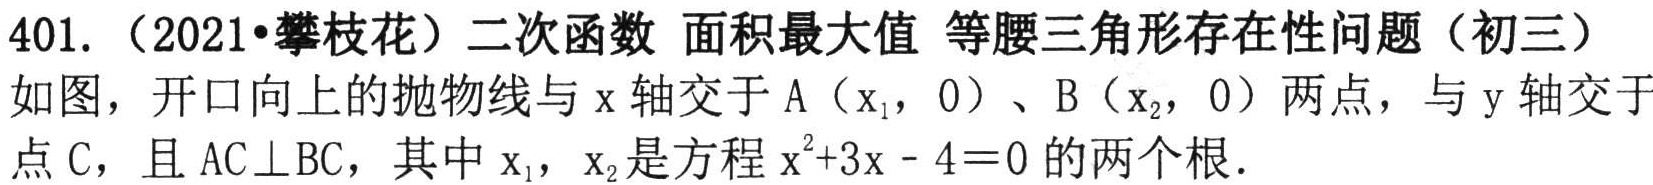
401.（2021•攀枝花）二次函数 面积最大值 等腰三角形存在性问题（初三）
如图，开口向上的抛物线与\(x\)轴交于\(A\left(x_{1},0\right)\)、\(B\left(x_{2},0\right)\)两点，与\(y\)轴交于
点\(C\)，且\(AC\perp BC\)，其中\(x_{1}\)，\(x_{2}\)是方程\(x^{2}+3x - 4 = 0\)的两个根.